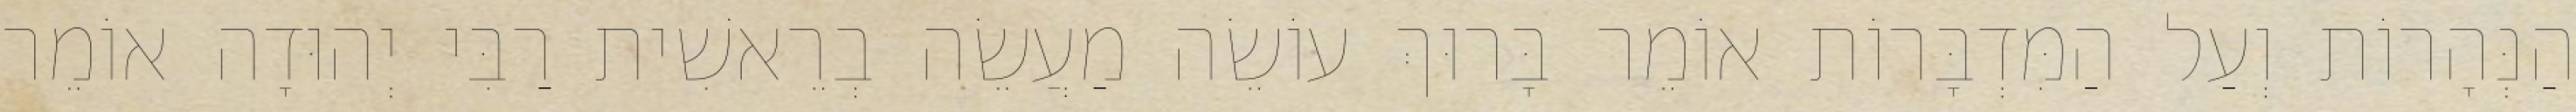
הַנְּהָרוֹת וְעַל הַמִּדְבָּרוֹת אוֹמֵר בָּרוּךְ עוֹשֵׂה מַעֲשֵׂה בְרֵאשִׁית רַבִּי יְהוּדָה אוֹמֵר